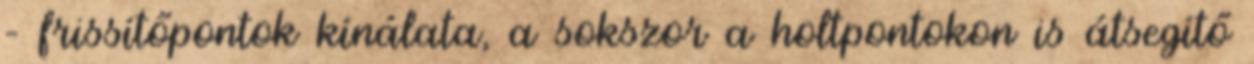
– frissítőpontok kínálata, a sokszor a holtpontokon is átsegítő